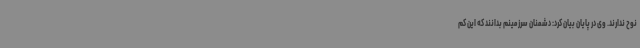
نوح ندارند. وی در پایان بیان کرد: دشمنان سرزمینم بدانند که این کم